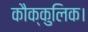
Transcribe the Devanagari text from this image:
कौक्कुलिक।